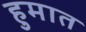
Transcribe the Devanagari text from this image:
हुमात